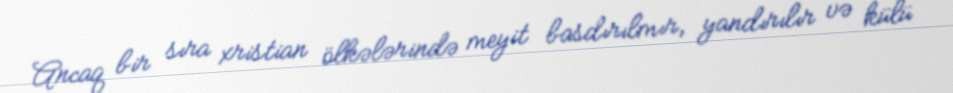
Ancaq bir sıra xristian ölkələrində meyit basdırılmır, yandırılır və külü